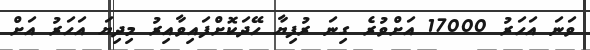
ވަނަ އަހަރު 17000 އަށްވުރެ ގިނަ ރުފިޔާ ހޭދަކޮށްފައިވާއިރު މިދިޔަ އަހަރު އަށް